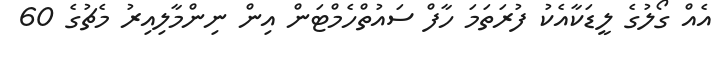
އެއް ގޯލުގެ ލީޑަކާއެކު ފުރަތަމަ ހާފް ސައުތްހެމްޓަން އިން ނިންމާލިއިރު މެޗުގެ 60